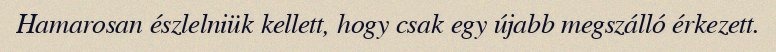
Hamarosan észlelniük kellett, hogy csak egy újabb megszálló érkezett.